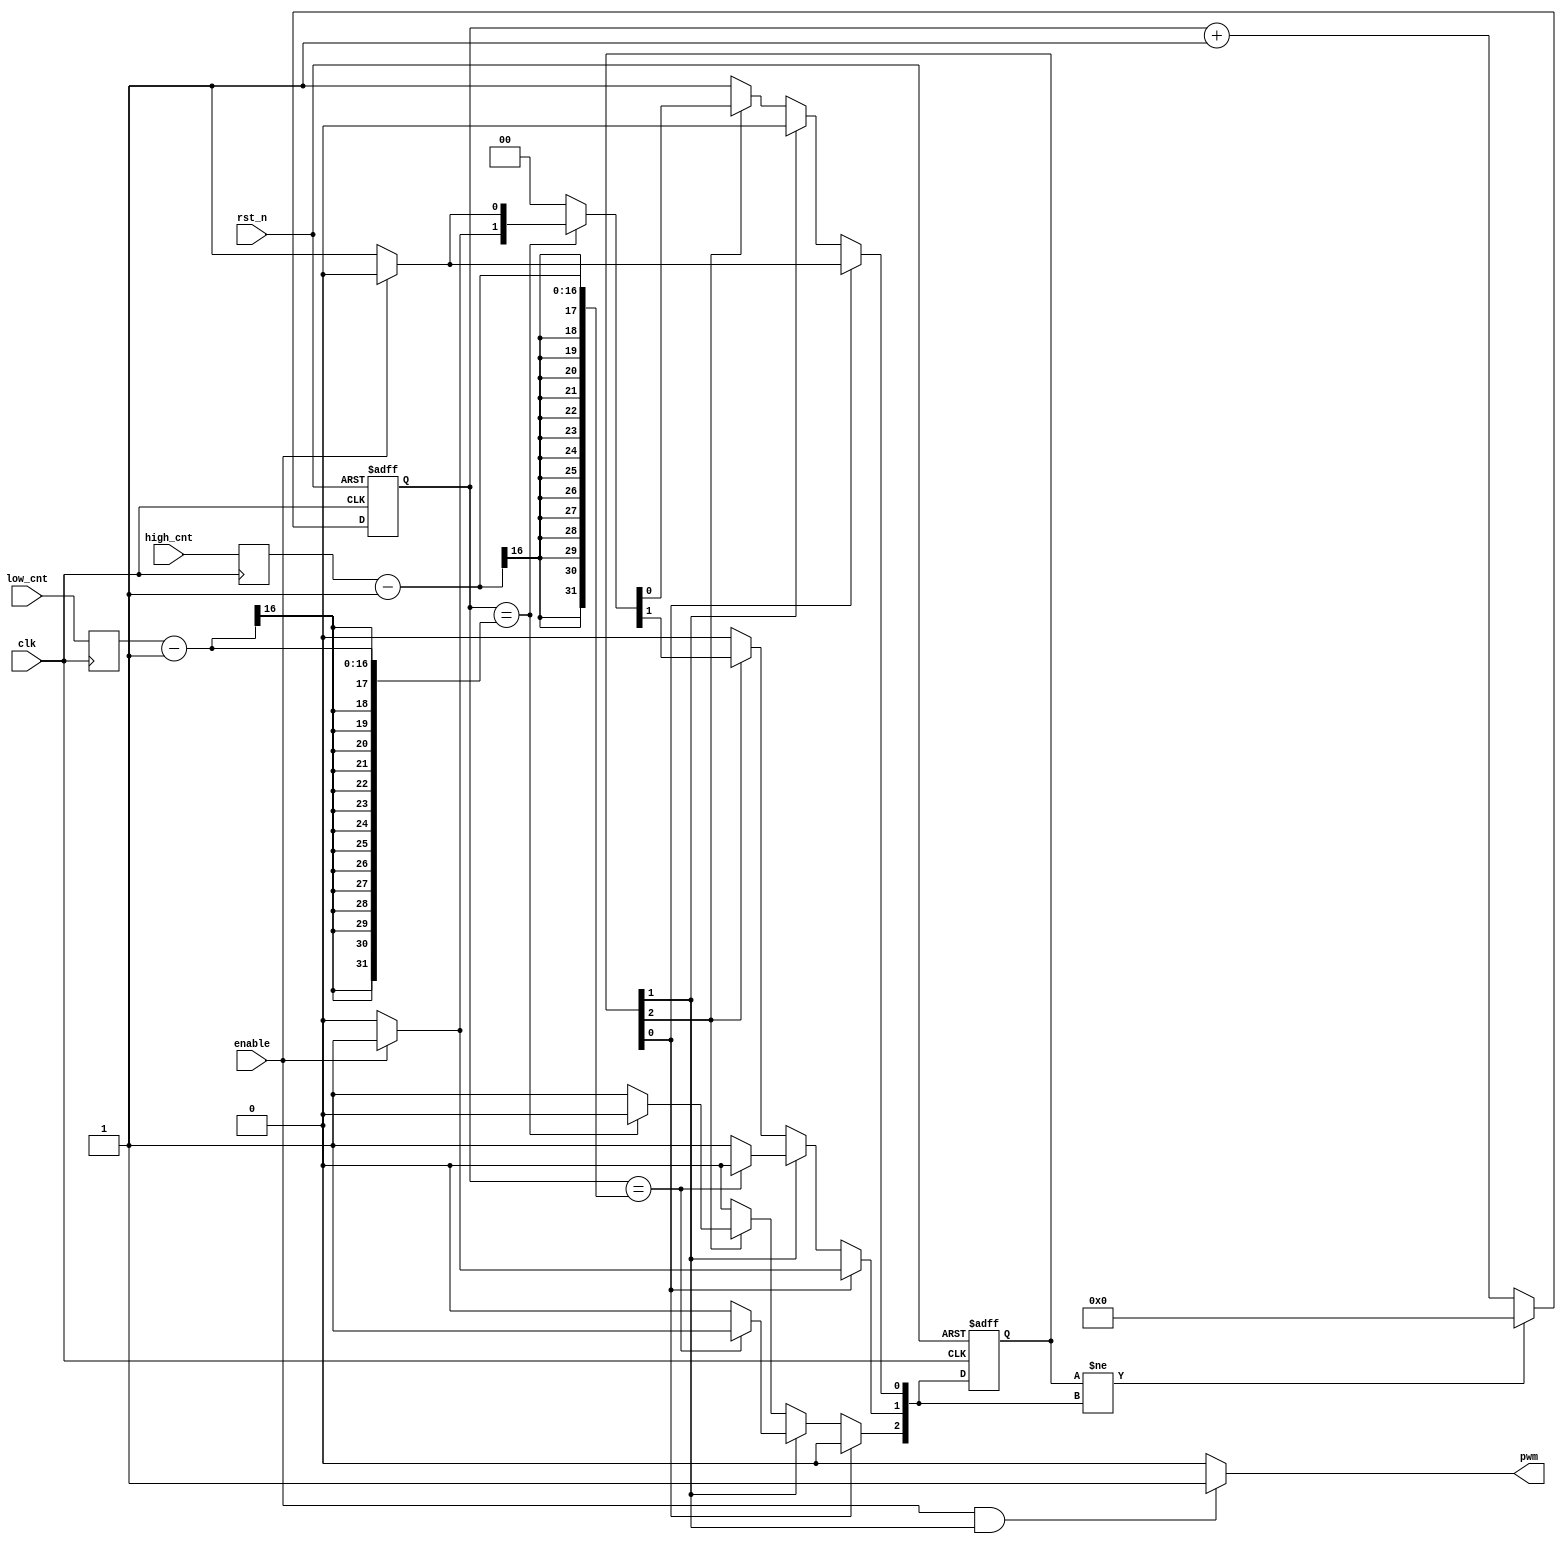
/*=============================================================================
# FileName    :	pwm_drive.v
# Author      :	author
# Email       :	email@email.com
# Description :	
# Version     :	1.0
# LastChange  :	2018-10-08 15:20:59
# ChangeLog   :	
=============================================================================*/
`timescale  1 ns/1 ps

module pwm_drive
(
    input   wire                clk,
    input   wire                rst_n,
    /*port*/
    input   wire                enable,

    input   wire [15:00]        high_cnt,   // 
    input   wire [15:00]        low_cnt,    // 

    output  wire                pwm
);

reg     [15:00]             high_cnt_r0;
reg     [15:00]             low_cnt_r0;
always @ (posedge clk)
begin
    high_cnt_r0 <= high_cnt;
    low_cnt_r0 <= low_cnt;
end

localparam              IDLE    = 0;
localparam              HIGH    = 1;
localparam              LOW     = 2;
(* KEEP = "TRUE" *)reg     [LOW:00]       cs = 'd1, ns = 'd1;
reg     [15:00]         state_cnt;

// synthesis translate_off
reg [127:0] cs_STRING;
always @(*)
begin
    case(1'b1)
        cs[IDLE]: cs_STRING = "IDLE";
        cs[HIGH]: cs_STRING = "HIGH";
        cs[LOW]: cs_STRING = "LOW";
        default: cs_STRING = "XXXX";
    endcase
end
// synthesis translate_on

always @(posedge clk or negedge rst_n)
begin
    if(~rst_n)
        cs <= 'd1;
    else
        cs <= ns;
end

always @(*)
begin
    ns = 'd0;
    case(1'b1)
        cs[IDLE]:
        begin
            if(enable)
                ns[HIGH] = 1'b1;
            else
                ns[IDLE] = 1'b1;
        end
        cs[HIGH]:
        begin
            if(state_cnt == high_cnt_r0-1)
                ns[LOW] = 1'b1;
            else
                ns[HIGH] = 1'b1;
        end
        cs[LOW]:
        begin
            if(state_cnt == low_cnt_r0-1)
            begin
                if(enable)
                    ns[HIGH] = 1'b1;
                else
                    ns[IDLE] = 1'b1;
            end
            else
                ns[LOW] = 1'b1;
        end
        default:
            ns[IDLE] = 1'b1;
    endcase
end

always @ (posedge clk or negedge rst_n)
begin
    if(~rst_n)
        state_cnt <= 0;
    else if (cs != ns)
        state_cnt <= 0;
    else
        state_cnt <= state_cnt + 1'b1;
end

assign                  pwm = (enable & cs[HIGH]) ? 1 : 0;
endmodule